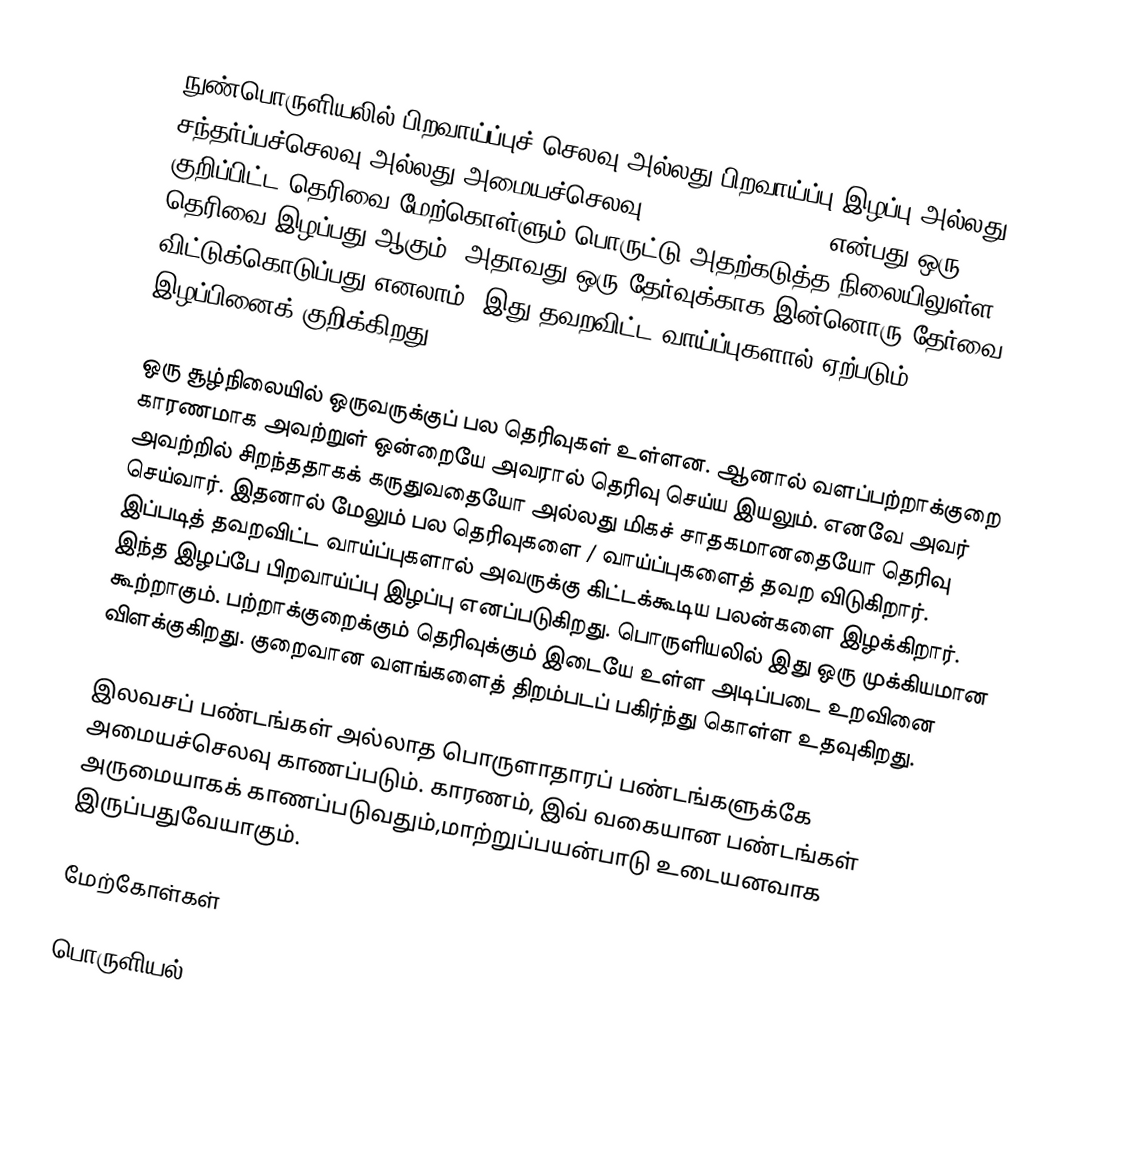
நுண்பொருளியலில் பிறவாய்ப்புச் செலவு அல்லது பிறவாய்ப்பு இழப்பு அல்லது சந்தர்ப்பச்செலவு அல்லது அமையச்செலவு (opportunity cost) என்பது ஒரு குறிப்பிட்ட தெரிவை மேற்கொள்ளும் பொருட்டு அதற்கடுத்த நிலையிலுள்ள தெரிவை இழப்பது ஆகும். அதாவது ஒரு தேர்வுக்காக இன்னொரு தேர்வை விட்டுக்கொடுப்பது எனலாம். இது தவறவிட்ட வாய்ப்புகளால் ஏற்படும் இழப்பினைக் குறிக்கிறது.

ஒரு சூழ்நிலையில் ஒருவருக்குப் பல தெரிவுகள் உள்ளன. ஆனால் வளப்பற்றாக்குறை காரணமாக அவற்றுள் ஒன்றையே அவரால் தெரிவு செய்ய இயலும். எனவே அவர் அவற்றில் சிறந்ததாகக் கருதுவதையோ அல்லது மிகச் சாதகமானதையோ தெரிவு செய்வார். இதனால் மேலும் பல தெரிவுகளை / வாய்ப்புகளைத் தவற விடுகிறார். இப்படித் தவறவிட்ட வாய்ப்புகளால் அவருக்கு கிட்டக்கூடிய பலன்களை இழக்கிறார். இந்த இழப்பே பிறவாய்ப்பு இழப்பு எனப்படுகிறது. பொருளியலில் இது ஒரு முக்கியமான கூற்றாகும். பற்றாக்குறைக்கும் தெரிவுக்கும் இடையே உள்ள அடிப்படை உறவினை விளக்குகிறது. குறைவான வளங்களைத் திறம்படப் பகிர்ந்து கொள்ள உதவுகிறது.

இலவசப் பண்டங்கள் அல்லாத பொருளாதாரப் பண்டங்களுக்கே அமையச்செலவு காணப்படும். காரணம், இவ் வகையான பண்டங்கள் அருமையாகக் காணப்படுவதும்,மாற்றுப்பயன்பாடு உடையனவாக இருப்பதுவேயாகும்.

மேற்கோள்கள்

பொருளியல்